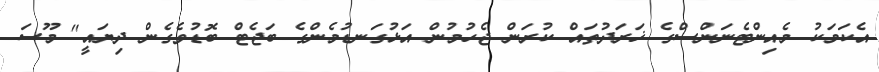
އެކަމަކު މެއިންޓެނަންސްގެ ޚަރަދުތައް ކުރަން ޖެހުމުން އަޅުގަނޑުމެންގެ ބަޖެޓް ބޮޑުވެގެން ދިޔައީ" މޫސަ